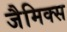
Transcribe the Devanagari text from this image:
जैमिक्स